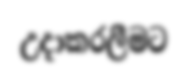
උදාකරලීමට